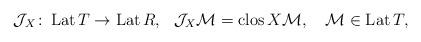
LaTeX: \begin{align*}\mathcal J_X\colon\operatorname{Lat}T\to \operatorname{Lat}R, \ \ \mathcal J_X\mathcal M=\operatorname{clos}X\mathcal M, \ \ \ \mathcal M\in\operatorname{Lat}T,\end{align*}